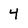
Character: 4